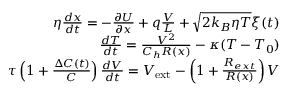
\begin{array} { r } { \eta \frac { d x } { d t } = - \frac { \partial U } { \partial x } + q \frac { V } { L } + \sqrt { 2 k _ { B } \eta T } \xi ( t ) } \\ { \frac { d T } { d t } = \frac { V ^ { 2 } } { C _ { h } R ( x ) } - \kappa ( T - T _ { 0 } ) } \\ { \tau \left( 1 + \frac { \Delta C ( t ) } { C } \right) \frac { d V } { d t } = V _ { \mathrm { e x t } } - \left( 1 + \frac { R _ { e x t } } { R ( x ) } \right) V } \end{array}